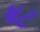
ષટ